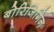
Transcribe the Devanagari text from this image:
बोरिजिगिन